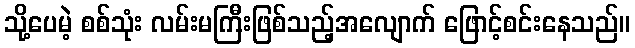
သို့ပေမဲ့ စစ်သုံး လမ်းမကြီးဖြစ်သည့်အလျောက် ဖြောင့်စင်းနေသည်။